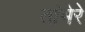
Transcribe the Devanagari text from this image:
तांभेरे